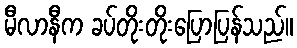
မီလာနီက ခပ်တိုးတိုးပြောပြန်သည်။